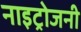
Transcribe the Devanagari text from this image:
नाइट्रोजनी